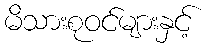
မိသားစုဝင်များနှင့်